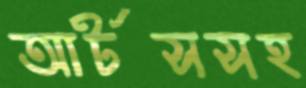
আর্টসসহ